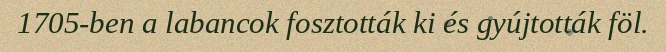
1705-ben a labancok fosztották ki és gyújtották föl.